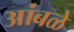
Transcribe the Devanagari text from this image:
आंबळे